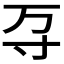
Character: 𭔩